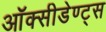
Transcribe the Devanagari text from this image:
ऑक्सीडेण्ट्स